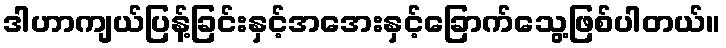
ဒါဟာကျယ်ပြန့်ခြင်းနှင့်အအေးနှင့်ခြောက်သွေ့ဖြစ်ပါတယ်။